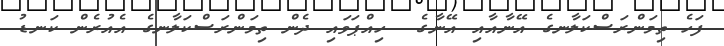
ފަހެ ތިމަންރަސްކަލާނގެ އޭނާއާއި އޭނާގެ  ހިއްޕަވައި ދެން ތިމަންރަސްކަލާނގެ އެއުރެން ކަނޑު